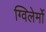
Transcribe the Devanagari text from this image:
ग्विलेर्मो